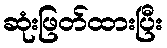
ဆုံးဖြတ်ထားပြီး